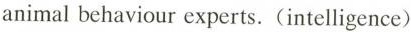
animal behaviour experts. (intelligence)